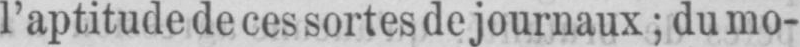
l’aptitude de ces sortes de journaux; du mo-